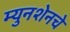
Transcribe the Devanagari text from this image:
म्युनशेनचे